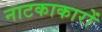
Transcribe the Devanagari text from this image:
नाटकाकारों